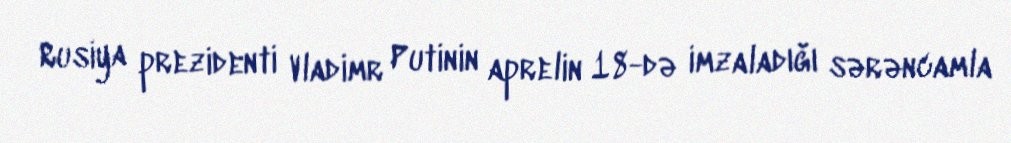
Rusiya prezidenti Vladimr Putinin aprelin 18-də imzaladığı sərəncamla